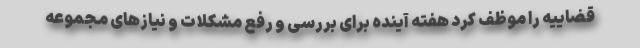
قضاییه را موظف کرد هفته آینده برای بررسی و رفع مشکلات و نیازهای مجموعه